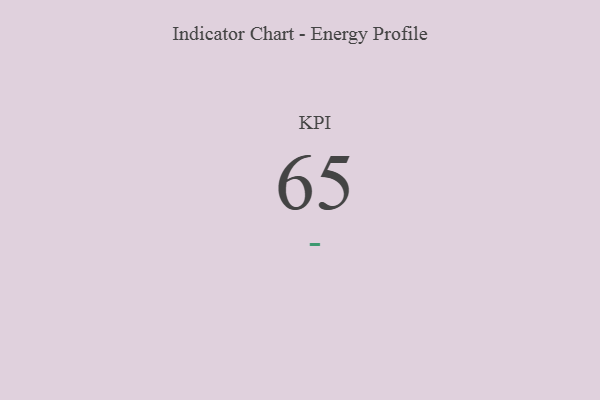
{"axis": {"x": "KPI", "y": "Value"}, "legend": [""], "data": [{"x": "KPI", "y": 65, "type": ""}]}